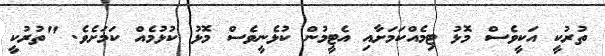
ތުރުކީ އަކީވެސް މޮޅު ޓިމެއްކަމަށާއި އެޓީމުން ކުޅެނީވެސް މޮޅު ކުޅުމެއް ކަމަށެވެ. "ތުރުކީ